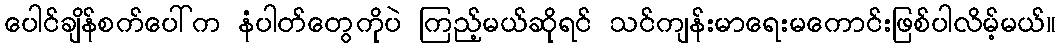
ပေါင်ချိန်စက်ပေါ်က နံပါတ်တွေကိုပဲ ကြည့်မယ်ဆိုရင် သင်ကျန်းမာရေးမကောင်းဖြစ်ပါလိမ့်မယ်။